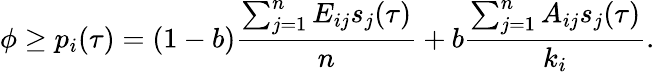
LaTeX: \phi\geq p_{i}(\tau)=(1-b)\frac{\sum_{j=1}^{n}E_{ij}s_{j}(\tau)}{n}+b\frac{\sum_{j=1}^{n}A_{ij}s_{j}(\tau)}{k_{i}}.